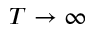
T \to \infty